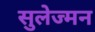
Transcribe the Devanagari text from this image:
सुलेज्मन